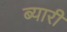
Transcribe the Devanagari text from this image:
ब्यारी